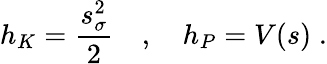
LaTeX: h_{K}=\frac{s_{\sigma}^{2}}{2}\quad,\quad h_{P}=V(s)\; .